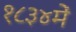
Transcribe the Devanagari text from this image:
१८३४में